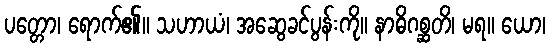
ပတ္တော၊ ရောက်၏။ သဟာယံ၊ အဆွေခင်ပွန်းကို။ နာဓိဂစ္ဆတိ၊ မရ။ ယော၊